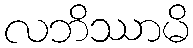
လဘိဿာမိ